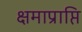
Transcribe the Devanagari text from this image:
क्षमाप्राप्ति